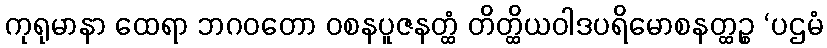
ကုရုမာနာ ထေရာ ဘဂဝတော ဝစနပူဇနတ္ထံ တိတ္ထိယဝါဒပရိမောစနတ္ထဉ္စ ‘ပဌမံ